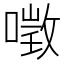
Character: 𠼌